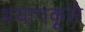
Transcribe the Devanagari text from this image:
प्रयागकूले